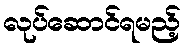
လုပ်ဆောင်ရမည့်